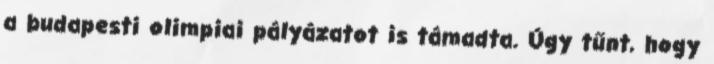
a budapesti olimpiai pályázatot is támadta. Úgy tűnt, hogy